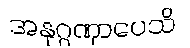
အနုဂ္ဂဏှာပေသိ